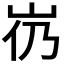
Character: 𱛌